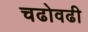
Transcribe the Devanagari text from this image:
चढोवढी